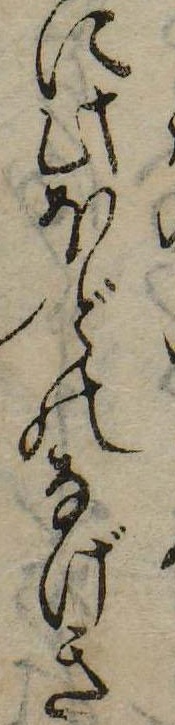
に此ほどのなげき